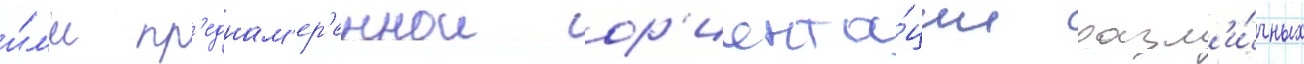
и́л'и пр'еднам'ер'еннои ор'иента́ции разл'и́чных